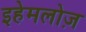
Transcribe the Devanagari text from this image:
इहेमलोज़